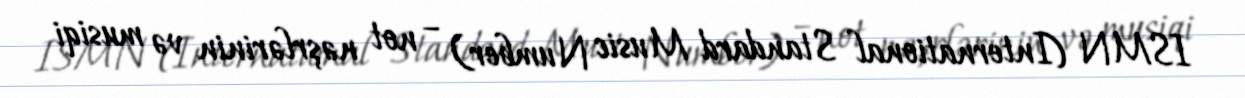
ISMN (International Standard Music Number) – not nəşrlərinin və musiqi